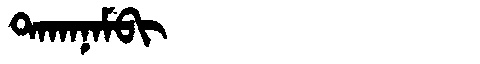
Manchu: ᡨᠠᡴᠠᠨᠠᠮᠪᡳ
Romanization: TAKANAMBI